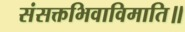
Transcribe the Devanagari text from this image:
संसक्तभिवाविमाति॥